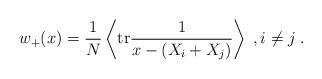
LaTeX: \begin{align*}w_+(x)=\frac{1}{N}\left\langle\mathrm{tr}\frac{1}{x-(X_i+X_j)}\right\rangle\;,i\neq j\;.\end{align*}